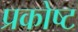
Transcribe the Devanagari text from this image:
प्रकोष्ट